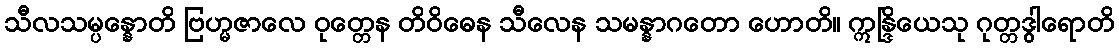
သီလသမ္ပန္နောတိ ဗြဟ္မဇာလေ ဝုတ္တေန တိဝိဓေန သီလေန သမန္နာဂတော ဟောတိ။ ဣန္ဒြိယေသု ဂုတ္တဒွါရောတိ